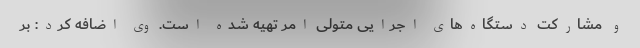
و مشارکت دستگاه‌های اجرایی متولی امر تهیه شده است. وی اضافه کرد: بر